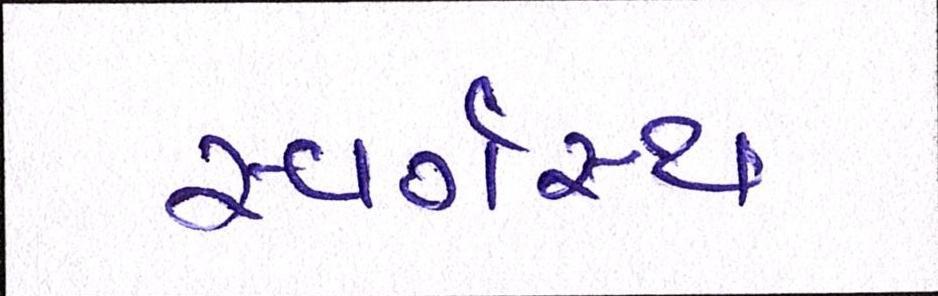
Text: સ્વર્ગસ્થ